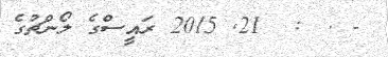
- .  :  21